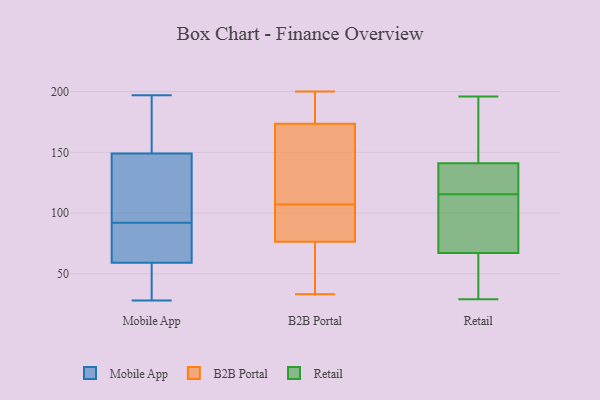
{"axis": {"x": "Market Share (%)", "y": "Value"}, "legend": ["B2B Portal", "Mobile App", "Retail"], "data": [{"x": "", "y": 40, "type": "Mobile App"}, {"x": "", "y": 38, "type": "Mobile App"}, {"x": "", "y": 80, "type": "Mobile App"}, {"x": "", "y": 182, "type": "Mobile App"}, {"x": "", "y": 83, "type": "Mobile App"}, {"x": "", "y": 37, "type": "Mobile App"}, {"x": "", "y": 197, "type": "Mobile App"}, {"x": "", "y": 99, "type": "Mobile App"}, {"x": "", "y": 174, "type": "Mobile App"}, {"x": "", "y": 134, "type": "Mobile App"}, {"x": "", "y": 28, "type": "Mobile App"}, {"x": "", "y": 193, "type": "Mobile App"}, {"x": "", "y": 117, "type": "Mobile App"}, {"x": "", "y": 85, "type": "Mobile App"}, {"x": "", "y": 75, "type": "Mobile App"}, {"x": "", "y": 59, "type": "Mobile App"}, {"x": "", "y": 149, "type": "Mobile App"}, {"x": "", "y": 130, "type": "Mobile App"}, {"x": "", "y": 200, "type": "B2B Portal"}, {"x": "", "y": 72, "type": "B2B Portal"}, {"x": "", "y": 89, "type": "B2B Portal"}, {"x": "", "y": 107, "type": "B2B Portal"}, {"x": "", "y": 178, "type": "B2B Portal"}, {"x": "", "y": 177, "type": "B2B Portal"}, {"x": "", "y": 163, "type": "B2B Portal"}, {"x": "", "y": 33, "type": "B2B Portal"}, {"x": "", "y": 126, "type": "B2B Portal"}, {"x": "", "y": 33, "type": "B2B Portal"}, {"x": "", "y": 90, "type": "B2B Portal"}, {"x": "", "y": 75, "type": "Retail"}, {"x": "", "y": 141, "type": "Retail"}, {"x": "", "y": 30, "type": "Retail"}, {"x": "", "y": 143, "type": "Retail"}, {"x": "", "y": 141, "type": "Retail"}, {"x": "", "y": 67, "type": "Retail"}, {"x": "", "y": 110, "type": "Retail"}, {"x": "", "y": 196, "type": "Retail"}, {"x": "", "y": 89, "type": "Retail"}, {"x": "", "y": 133, "type": "Retail"}, {"x": "", "y": 101, "type": "Retail"}, {"x": "", "y": 121, "type": "Retail"}, {"x": "", "y": 160, "type": "Retail"}, {"x": "", "y": 164, "type": "Retail"}, {"x": "", "y": 29, "type": "Retail"}, {"x": "", "y": 137, "type": "Retail"}, {"x": "", "y": 54, "type": "Retail"}, {"x": "", "y": 63, "type": "Retail"}]}